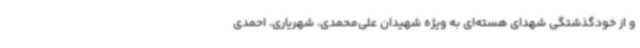
و از خودگذشتگی شهدای هسته‌ای به‌ ویژه شهیدان علی‌محمدی، شهریاری، احمدی